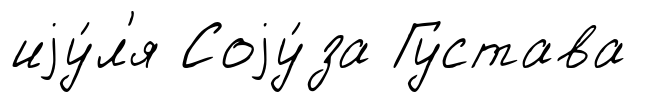
иjу́л'я Соjу́за Густава